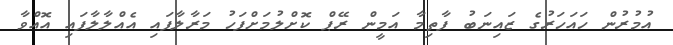
އުމުރުން ހައަހަރުގެ ޒައިނަބު ފާތިމާ އަމީން ރޭޕް ކޮށްލުމަށްފަހު މަރާލާފައި އެއްލާލާފައި އޮއްވާ